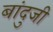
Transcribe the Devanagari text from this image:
बांदुजी